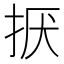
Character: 𢬍